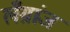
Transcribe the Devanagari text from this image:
लँग्रांज